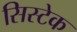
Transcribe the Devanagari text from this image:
सिस्टेक